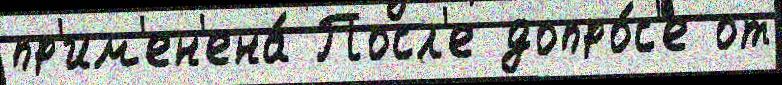
пр'им'ен'ена́ Посл'е допро́с'е от